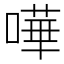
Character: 嘩